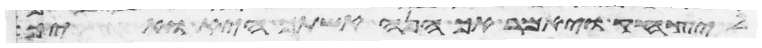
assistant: ליצחק ויאמר אך הנה אשתך היא ואיך